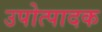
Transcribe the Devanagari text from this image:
उपोत्पादक